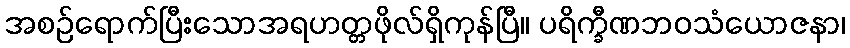
အစဉ်ရောက်ပြီးသောအရဟတ္တဖိုလ်ရှိကုန်ပြီ။ ပရိက္ခီဏဘဝသံယောဇနာ၊